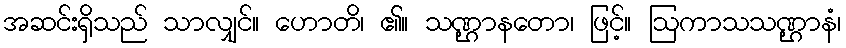
အဆင်းရှိသည် သာလျှင်။ ဟောတိ၊ ၏။ သဏ္ဌာနတော၊ ဖြင့်။ ဩကာသသဏ္ဌာနံ၊